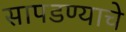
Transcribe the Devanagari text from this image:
सापडण्याचे